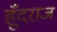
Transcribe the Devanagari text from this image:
हूँदराज